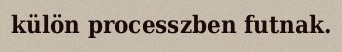
külön processzben futnak.